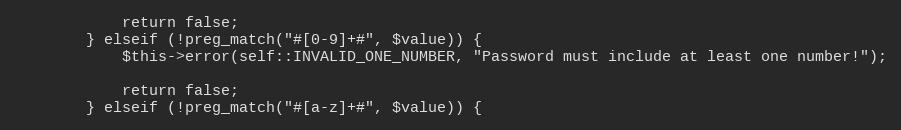
Language: PHP
            return false;
        } elseif (!preg_match("#[0-9]+#", $value)) {
            $this->error(self::INVALID_ONE_NUMBER, "Password must include at least one number!");

            return false;
        } elseif (!preg_match("#[a-z]+#", $value)) {